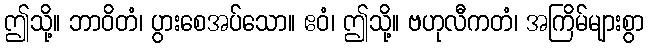
ဤသို့။ ဘာဝိတံ၊ ပွားစေအပ်သော။ ဧဝံ၊ ဤသို့။ ဗဟုလီကတံ၊ အကြိမ်များစွာ